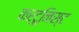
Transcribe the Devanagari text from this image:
कर्टूनिस्ट